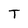
Character: T